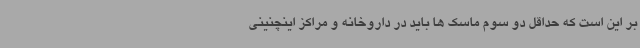
بر این است که حداقل دو سوم ماسک ها باید در داروخانه و مراکز اینچنینی